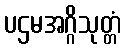
ပဌမအဂ္ဂိသုတ္တံ